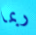
ربما